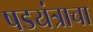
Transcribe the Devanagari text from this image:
षडयंत्राचा